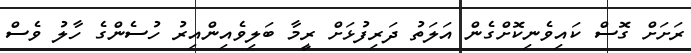
ރަށަށް ގޮސް ކައިވެނިކޮށްގެން އަލަތު ދަރިފުޅަށް ރީމާ ބަލިވެއިންއިރު ހުސެންގެ ހާލު ވެސް